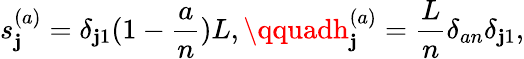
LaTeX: s_{\mathbf{j}}^{(a)}=\delta_{\mathbf{j}1}(1-{\frac{{a}}{{n}}})L,\qquadh_{\mathbf{j}}^{(a)}={\frac{{L}}{{n}}}\delta_{an}\delta_{\mathbf{j}1},